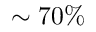
\sim 7 0 \%